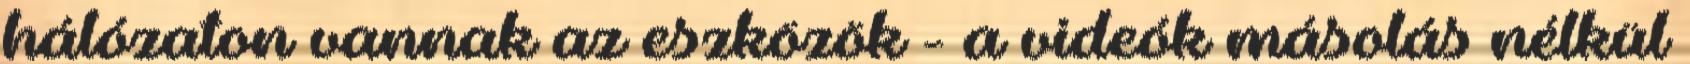
hálózaton vannak az eszközök - a videók másolás nélkül